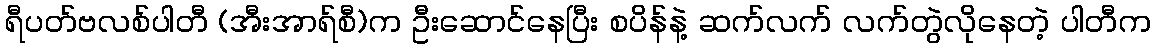
ရီပတ်ဗလစ်ပါတီ (အီးအာရ်စီ)က ဦးဆောင်နေပြီး စပိန်နဲ့ ဆက်လက် လက်တွဲလိုနေတဲ့ ပါတီက